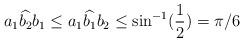
LaTeX: \begin{align*}a_{1}\widehat{b_{2}}b_{1}\leq a_{1}\widehat{b_{1}}b_{2}\leq \sin^{-1}(\frac{1}{2})=\pi/6\end{align*}